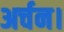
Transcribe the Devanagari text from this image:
अर्चन।